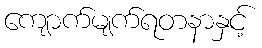
ကျောက်မျက်ရတနာနှင့်